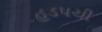
હડપચી